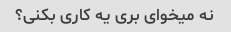
نه میخوای بری یه کاری بکنی؟